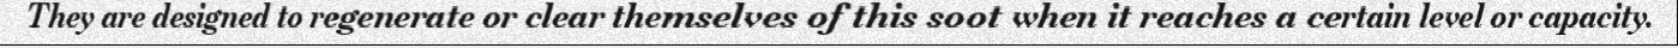
They are designed to regenerate or clear themselves of this soot when it reaches a certain level or capacity.